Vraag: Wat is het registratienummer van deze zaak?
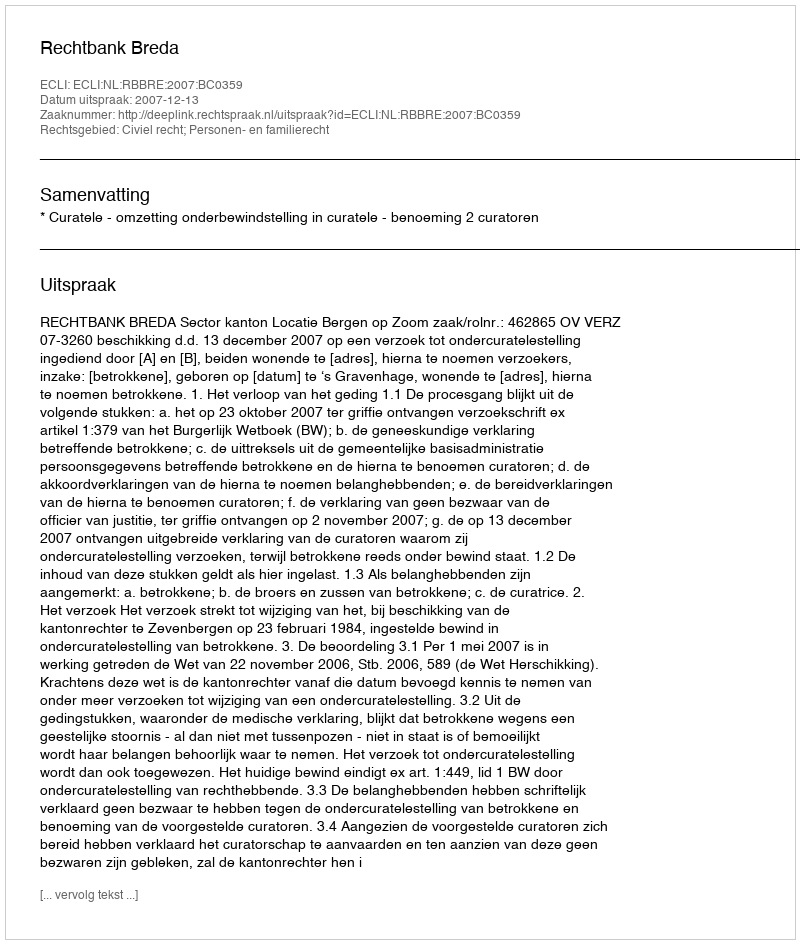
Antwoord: http://deeplink.rechtspraak.nl/uitspraak?id=ECLI:NL:RBBRE:2007:BC0359